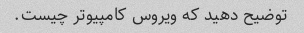
توضیح دهید که ویروس کامپیوتر چیست.